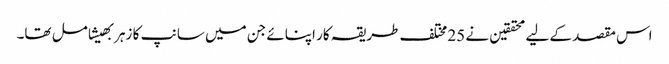
اس مقصد کے لیے محققین نے 25 مختلف طریقہ کار اپنائے جن میں سانپ کا زہر بھیشامل تھا۔